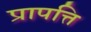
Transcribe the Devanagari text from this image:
प्रापत्ति